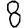
Digit: 8